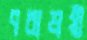
পরাশ্রয়ী